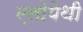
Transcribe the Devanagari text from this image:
एलोपेथी